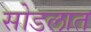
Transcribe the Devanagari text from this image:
सोडलात